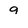
Character: 9